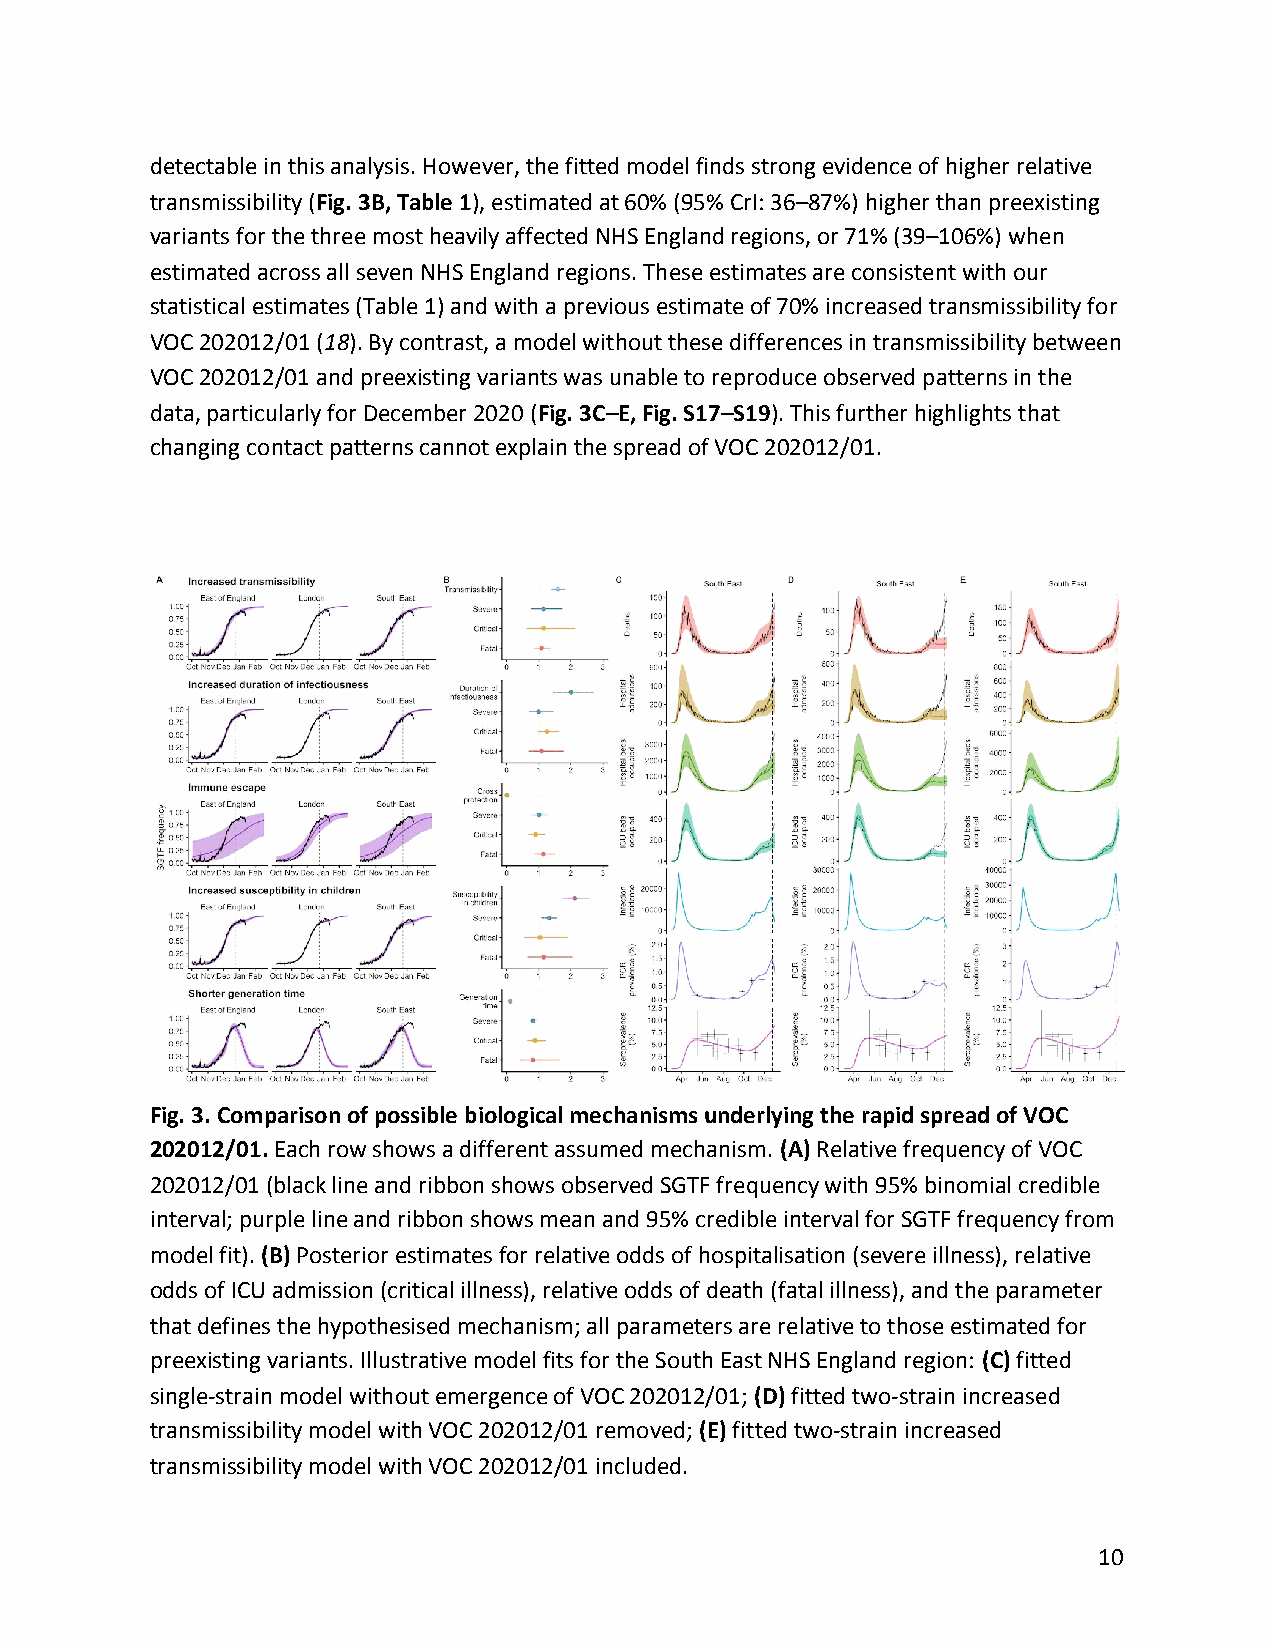
detectable in this analysis. However, the fitted model finds strong evidence of higher relative
 transmissibility (Fig. 3B, Table 1), estimated at 60% (95% CrI: 36–87%) higher than preexisting
 ​         ​
 variants for the three most heavily affected NHS England regions, or 71% (39–106%) when
 estimated across all seven NHS England regions. These estimates are consistent with our
 statistical estimates (Table 1) and with a previous estimate of 70% increased transmissibility for
 VOC 202012/01 (18). By contrast, a model without these differences in transmissibility between
 ​ ​ ​ ​
 VOC 202012/01 and preexisting variants was unable to reproduce observed patterns in the
 data, particularly for December 2020 (Fig. 3C–E, Fig. S17–S19). This further highlights that
 ​              ​
 changing contact patterns cannot explain the spread of VOC 202012/01.
 Fig. 3. Comparison of possible biological mechanisms underlying the rapid spread of VOC
 202012/01. Each row shows a different assumed mechanism. (A) Relative frequency of VOC
 ​                                 ​ ​
 202012/01 (black line and ribbon shows observed SGTF frequency with 95% binomial credible
 interval; purple line and ribbon shows mean and 95% credible interval for SGTF frequency from
 model fit). (B) Posterior estimates for relative odds of hospitalisation (severe illness), relative
 ​ ​
 odds of ICU admission (critical illness), relative odds of death (fatal illness), and the parameter
 that defines the hypothesised mechanism; all parameters are relative to those estimated for
 preexisting variants. Illustrative model fits for the South East NHS England region: (C) fitted
 ​ ​
 single-strain model without emergence of VOC 202012/01; (D) fitted two-strain increased
 ​ ​
 transmissibility model with VOC 202012/01 removed; (E) fitted two-strain increased
 ​ ​
 transmissibility model with VOC 202012/01 included.
 10